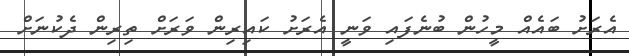
އެރަށު ބައެއް މީހުން ބުނެފައި ވަނީ އެރަށު ކައިރިން ވަރަށް ތިރިން ދެކުނަށް